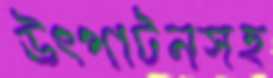
উৎপাটনসহ